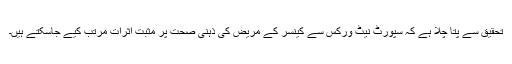
تحقیق سے پتا چلا ہے کہ سپورٹ نیٹ ورکس سے کینسر کے مریض کی ذہنی صحت پر مثبت اثرات مرتب کیے جاسکتے ہیں۔